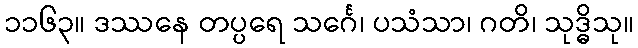
၁၁၆၃။ ဒဿနေ တပ္ပရေ သင်္ဂေ၊ ပသံသာ၊ ဂတိ၊ သုဒ္ဓိသု။